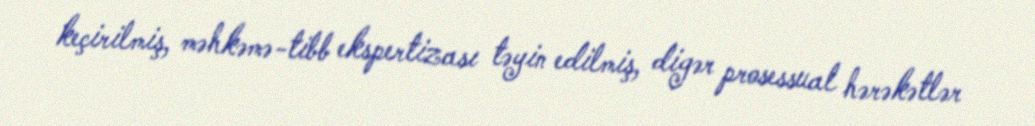
keçirilmiş, məhkəmə-tibb ekspertizası təyin edilmiş, digər prosessual hərəkətlər